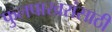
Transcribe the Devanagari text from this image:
फुलपाखरांसाठी